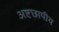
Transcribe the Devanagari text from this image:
अष्टछापीय